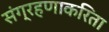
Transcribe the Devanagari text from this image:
संग्रहणाकरिता